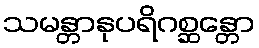
သမန္တာနုပရိဂစ္ဆန္တော